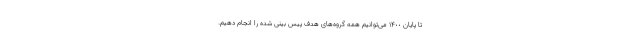
تا پایان ١۴٠٠ می‌توانیم همه گروه‌های هدف پیس بینی شده را انجام دهیم.